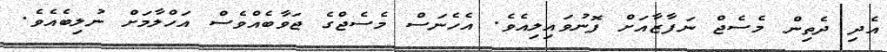
އެދި ދެތިން މެސެޖް ނަފާޒާއަށް ފޮނުވައިލިއެވެ. އެހެނަސް މެސެޖްގެ ޖަވާބެއްވެސް އަހްލާމަށް ނުލިބެއެވެ.